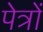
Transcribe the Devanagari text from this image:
पेत्रों